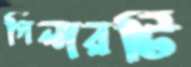
পিলারটি